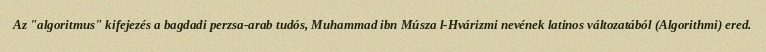
Az "algoritmus" kifejezés a bagdadi perzsa-arab tudós, Muhammad ibn Músza l-Hvárizmi nevének latinos változatából (Algorithmi) ered.